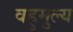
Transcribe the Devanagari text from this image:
वहुमुल्य